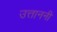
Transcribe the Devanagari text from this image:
उत्ताननी